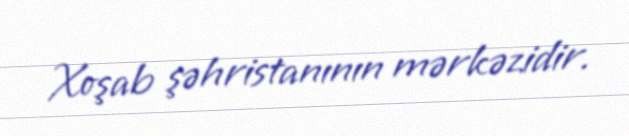
Xoşab şəhristanının mərkəzidir.